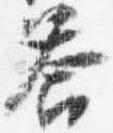
答